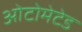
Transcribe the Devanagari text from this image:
ओटोमेटेड